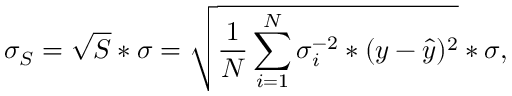
\sigma _ { S } = \sqrt { S } * \sigma = \sqrt { \frac { 1 } { N } \sum _ { i = 1 } ^ { N } \sigma _ { i } ^ { - 2 } * ( y - \hat { y } ) ^ { 2 } } * \sigma ,